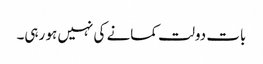
بات دولت کمانے کی نہیں ہو رہی۔